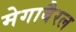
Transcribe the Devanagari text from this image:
मेगाबैरल